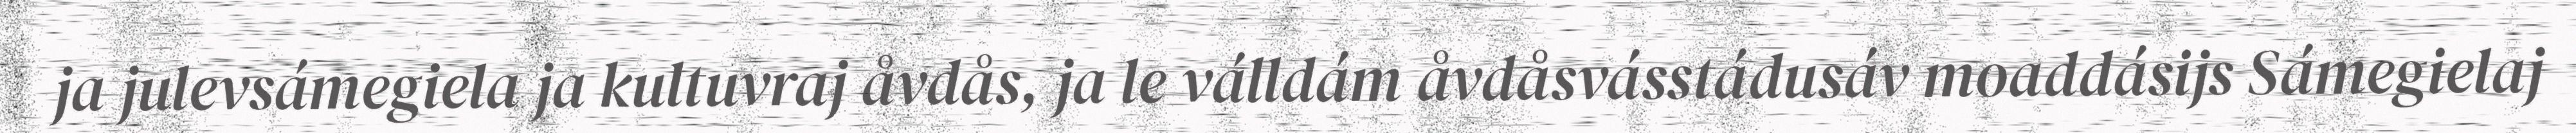
ja julevsámegiela ja kultuvraj åvdås, ja le válldám åvdåsvásstádusáv moaddásijs Sámegielaj